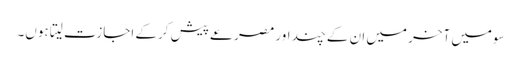
سومیں آخر میں ان کے چند اور مصرعے پیش کرکے اجازت لیتا ہوں۔